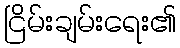
ငြိမ်းချမ်းရေး၏